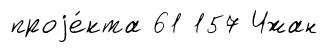
проjе́кта 61 157 Чжан